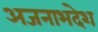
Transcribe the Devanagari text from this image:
अजनाभदेश